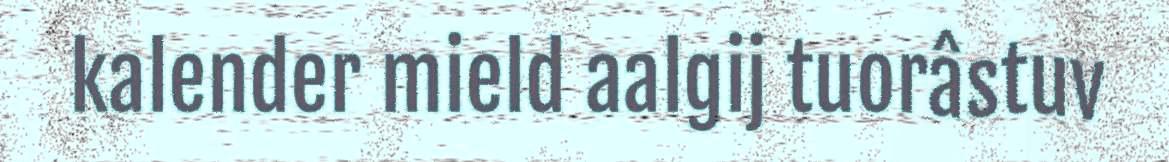
kalender mield aalgij tuorâstuv